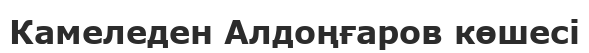
Камеледен Алдоңғаров көшесі